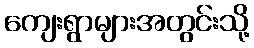
ကျေးရွာများအတွင်းသို့